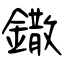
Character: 鏾